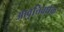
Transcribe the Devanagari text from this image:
आवृत्तिवर्धक